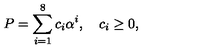
P = \sum _ { i = 1 } ^ { 8 } c _ { i } \alpha ^ { i } , \quad c _ { i } \ge 0 ,